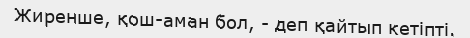
Жиренше, қош-аман бол, - деп қайтып кетіпті.